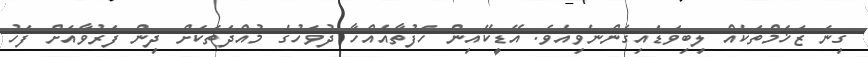
ގިނަ ޒަޚަމްތަކެއް ލިބިވަޑައިގެންނެވިއެވެ. އޭޑީކޭއިން ހަފުތާއެއްހާ ދުވަހުގެ މުއްދަތަކަށް ދިން ފަރުވާއަށް ފަހު